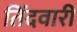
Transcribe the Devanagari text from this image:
तिंदवारी